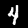
Digit: 4